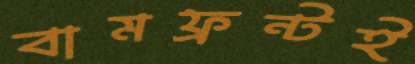
বামফ্রন্টই